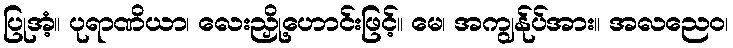
ပြုအံ့။ ပုရာဏိယာ၊ လေးညှို့ဟောင်းဖြင့်။ မေ၊ အကျွန်ုပ်အား။ အလညေဝ၊